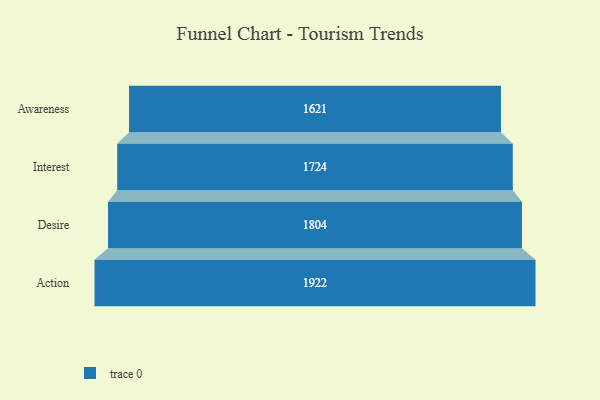
{"axis": {"x": "Stage", "y": "Value"}, "legend": [""], "data": [{"x": "Awareness", "y": 1621.0, "type": ""}, {"x": "Interest", "y": 1724.0, "type": ""}, {"x": "Desire", "y": 1804.0, "type": ""}, {"x": "Action", "y": 1922.0, "type": ""}]}